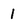
Character: 1